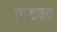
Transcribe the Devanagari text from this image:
सयन्त्र